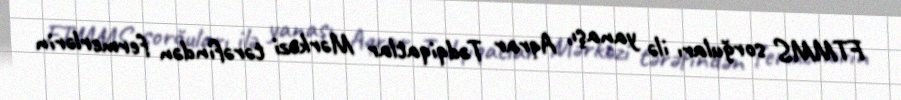
FTMMS sorğuları ilə yanaşı, Aqrar Tədqiqatlar Mərkəzi tərəfindən fermerlərin